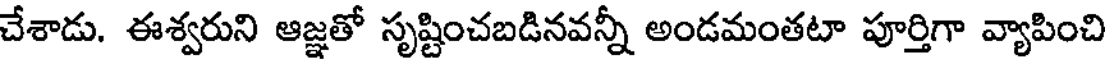
చేశాడు. ఈశ్వరుని ఆజ్ఞతో సృష్టించబడినవన్నీ అండమంతటా పూర్తిగా వ్యాపించి